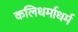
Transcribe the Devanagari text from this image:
कलिधर्माधर्म